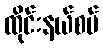
ထိုင်းနယ်စပ်